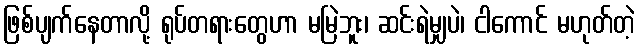
ဖြစ်ပျက်နေတာလို့ ရုပ်တရားတွေဟာ မမြဲဘူး၊ ဆင်းရဲမျှပဲ၊ ငါကောင် မဟုတ်တဲ့